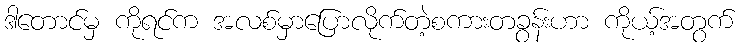
ဒါတောင်မှ ကိုရင်က အလစ်မှာပြောလိုက်တဲ့စကားတခွန်းဟာ ကိုယ့်အတွက်